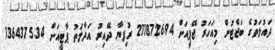
ދައުލަތުގެ ބަޖެޓުން މިއަހަރު ޖޭޕީއަށް 2118726.94 ރުފިޔާ ދޭއިރު އަދާލަތު ޕާޓީއަށް 1364375.34